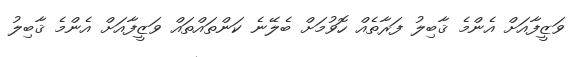
ވަޒީފާއަށް އެންމެ ޤާބިލު ފަރާތެއް ހޮވުމަށް ބެލޭނެ ކަންތައްތައް ވަޒީފާއަށް އެންމެ ޤާބިލު